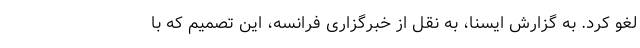
لغو کرد. به گزارش ایسنا، به نقل از خبرگزاری فرانسه، این تصمیم که با